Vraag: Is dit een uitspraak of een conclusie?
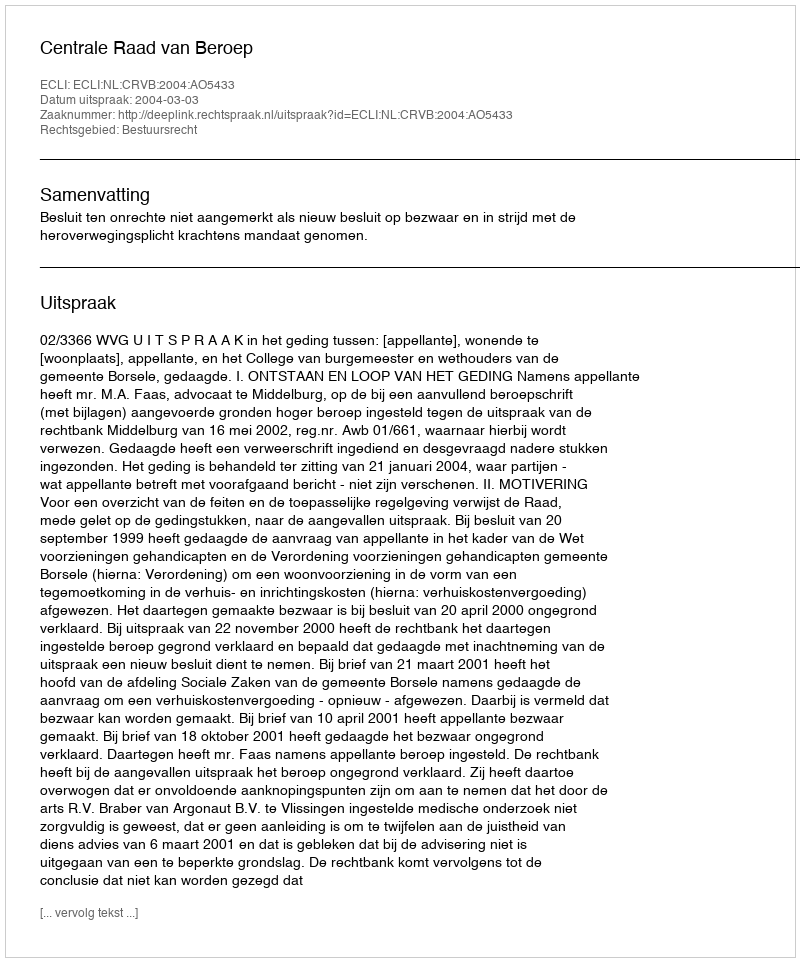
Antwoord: Uitspraak